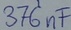
Text: 376nF